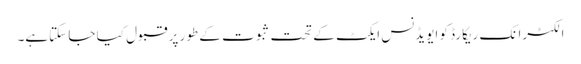
الکٹرانک ریکارڈ کو ایویڈنس ایکٹ کے تحت ثبوت کے طور پر قبول کیا جا سکتاہے۔